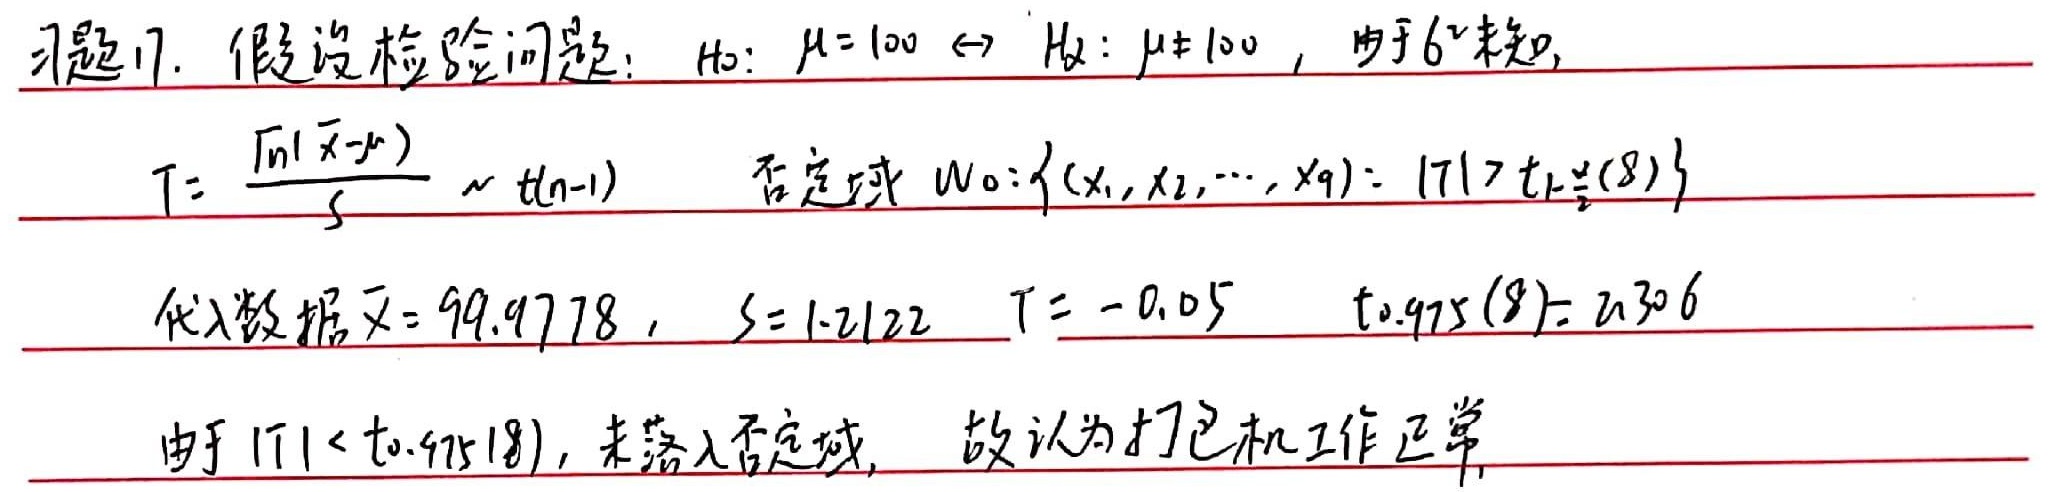
习题17. 假设检验问题：\(H_0:\mu = 100\longleftrightarrow H_1:\mu\neq100\)，由于 \(\sigma^2\) 未知，\(T = \frac{\sqrt{n}(\overline{X}-\mu)}{S}\sim t(n - 1)\) 。
否定域 \(W_0:\{(x_1,x_2,\cdots,x_9):|T|>t_{1-\frac{\alpha}{2}}(8)\}\)
代入数据 \(\overline{x}=99.9778\)，\(S = 1.2122\)
\(T=-0.05\)
\(t_{0.975}(8)=2.306\)
由于 \(|T|<t_{0.975}(8)\)，未落入否定域，故认为打包机工作正常。